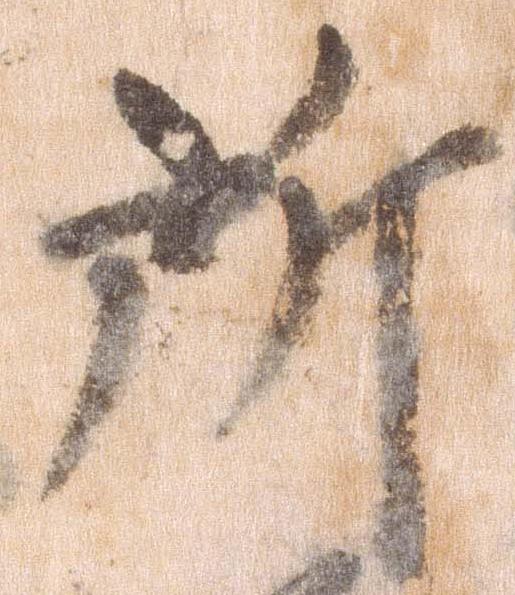
所